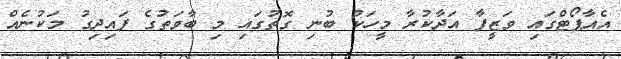
އެއާޕޯޓްގައި ވަޒީފާ އަދާކުރާ މީހަކު ބުނި ގޮތުގައި މި ބާވަތުގެ ފައިދިގު މަކުނެއް